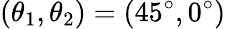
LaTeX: (\theta_{\mathrm{1}},\theta_{\mathrm{2}})=(45^{\circ},0^{\circ})